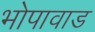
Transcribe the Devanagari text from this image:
भोपावाड